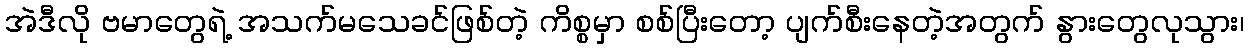
အဲဒီလို ဗမာတွေရဲ့ အသက်မသေခင်ဖြစ်တဲ့ ကိစ္စမှာ စစ်ပြီးတော့ ပျက်စီးနေတဲ့အတွက် နွားတွေလုသွား၊